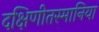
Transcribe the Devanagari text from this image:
दक्षिणीतस्मानिया